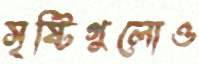
সৃষ্টিগুলোও